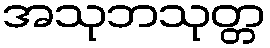
အသုဘသုတ္တ